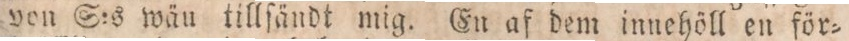
von S:s wäu tillſändt mig. En af dem innehöll en för=